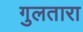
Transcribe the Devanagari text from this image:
गुलतारा